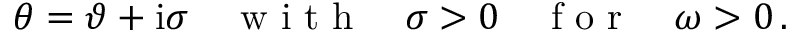
\theta = \vartheta + \mathrm { i } \sigma \quad \mathrm { ~ w ~ i ~ t ~ h ~ } \quad \sigma > 0 \quad \mathrm { ~ f ~ o ~ r ~ } \quad \omega > 0 \, .